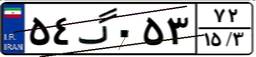
۵۴گ۰۵۳۷۲